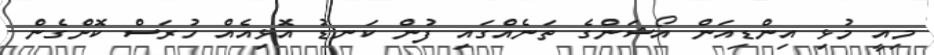
މިއީ މުޅި އިންޑިއަން އޯޝަންގެ ތަނެއްގައި ފުން ކަނޑު އޮޅިއެއް ހުރަސް ކޮށްގެން